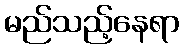
မည်သည့်နေရာ